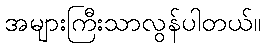
အများကြီးသာလွန်ပါတယ်။